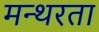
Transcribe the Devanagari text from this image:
मन्थरता